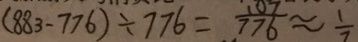
( 8 8 3 - 7 7 6 ) \div 7 7 6 = \frac { 1 0 7 } { 7 7 6 } \approx \frac { 1 } { 7 }